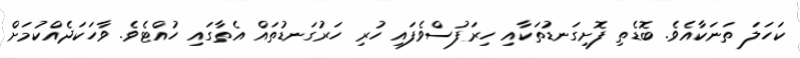
ކަަހަލަ ތަނަކާއެވެ. ބޮޑެތި ފޮށިގަނޑުތަކާއި ހިރަފުސްވެފައި ހުރި ހަރުގަނޑުތައް އެތާގައި ހުއްޓެވެ. ވާހަކަދެއްކުމަށް